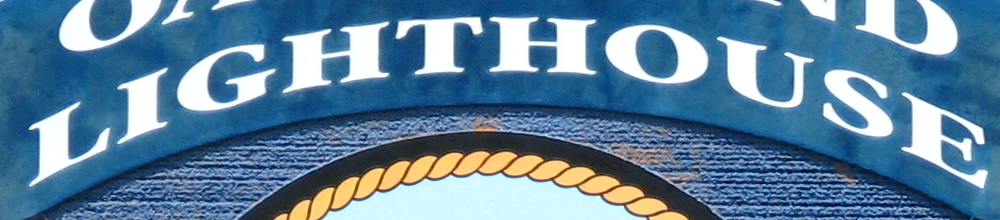
LIGHTHOUSE